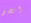
اتخاذ